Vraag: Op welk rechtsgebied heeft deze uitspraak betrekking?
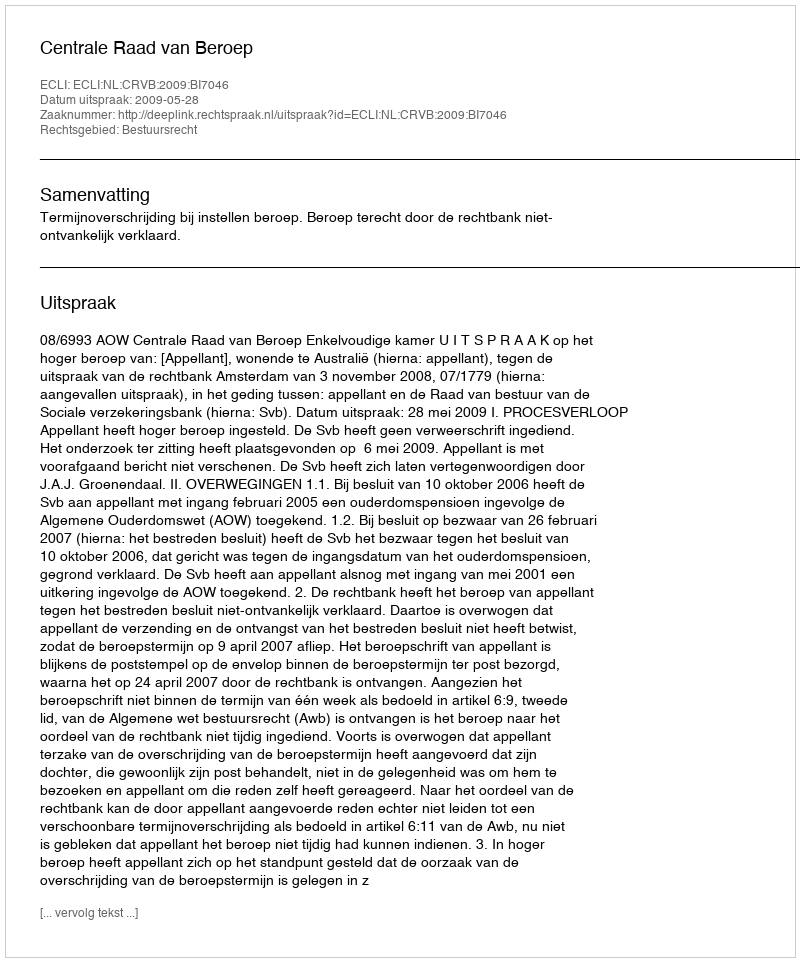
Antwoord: Bestuursrecht